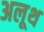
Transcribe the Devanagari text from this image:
अलूथ